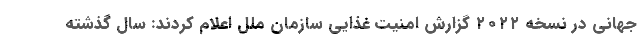
جهانی در نسخه ۲۰۲۲ گزارش امنیت غذایی سازمان ملل اعلام کردند: سال گذشته